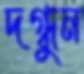
দগ্ধুন